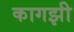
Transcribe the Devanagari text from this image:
कागझी